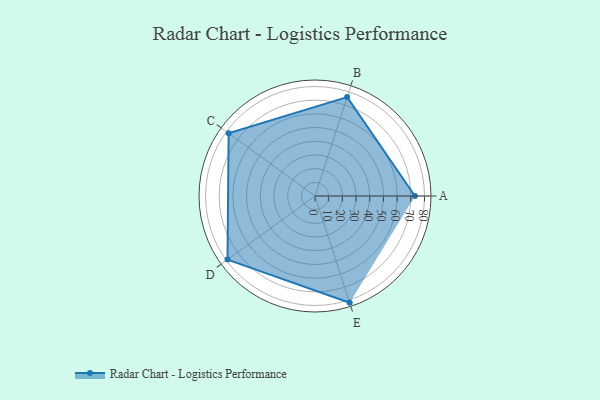
{"axis": {"x": "Skill", "y": "Score"}, "legend": ["Profile"], "data": [{"x": "A", "y": 73.0, "type": "Profile"}, {"x": "B", "y": 76.0, "type": "Profile"}, {"x": "C", "y": 78.0, "type": "Profile"}, {"x": "D", "y": 79.0, "type": "Profile"}, {"x": "E", "y": 82.0, "type": "Profile"}]}